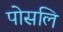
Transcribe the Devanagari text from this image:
पोसलि